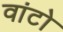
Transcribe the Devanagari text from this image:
वांटो